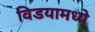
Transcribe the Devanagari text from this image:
विडयामध्ये